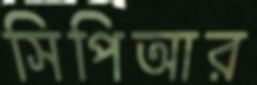
সিপিআর